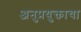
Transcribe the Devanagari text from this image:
अनुप्रयुक्ताचा